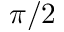
\pi / 2